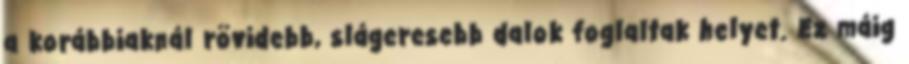
a korábbiaknál rövidebb, slágeresebb dalok foglaltak helyet. Ez máig